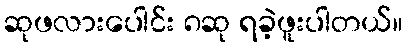
ဆုဖလားပေါင်း ၈ဆု ရခဲ့ဖူးပါတယ်။